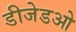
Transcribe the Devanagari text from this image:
डीजेडओ